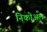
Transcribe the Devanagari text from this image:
निकोअल